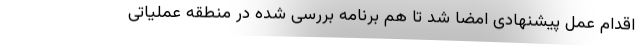
اقدام عمل پیشنهادی امضا شد تا هم برنامه بررسی شده در منطقه عملیاتی